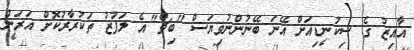
އާއިޒު ގެ ސިކުނޑިއަށް އޭނަ ބޭނުންނުވިޔަސް "ބިޗް" އެ ލަފުޒު ތަކުރާރުކޮށް އަރަން